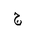
Letter: _gim